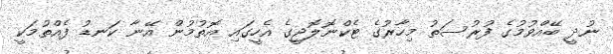
ނުދީ ބޭއްވުމުގެ ފުރުސަތު މިހާރުގެ ޓެކްނޮލޮޖީގެ އެހީގައި އޮތުމުން އޭނާ ކަނޑު ފެއްތުމަކީ